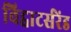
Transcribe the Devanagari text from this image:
विट्वाटर्सरेंड